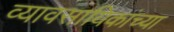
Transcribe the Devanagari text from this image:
व्यावसायिकांच्या